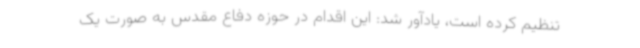
تنظیم کرده است، یادآور شد: این اقدام در حوزه دفاع مقدس به صورت یک